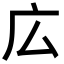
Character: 広